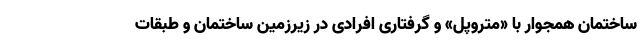
ساختمان همجوار با «متروپل» و گرفتاری افرادی در زیرزمین ساختمان و طبقات